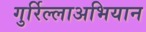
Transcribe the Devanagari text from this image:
गुर्रिल्लाअभियान